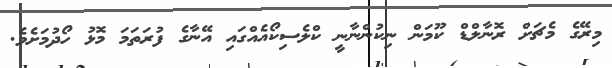
މިރޭގެ މެޗަށް ރޮނާލްޑް ކޫމަން ނިކުންނާނީ ކްލެސިކޯއެއްގައި އޭނާގެ ފުރަތަމަ މޮޅު ހޯދުމަށެވެ.